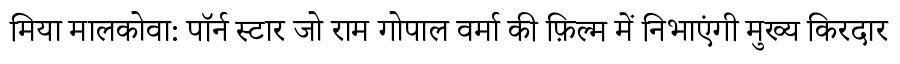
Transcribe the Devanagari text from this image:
मिया मालकोवा: पॉर्न स्टार जो राम गोपाल वर्मा की फ़िल्म में निभाएंगी मुख्य किरदार